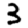
Digit: 3